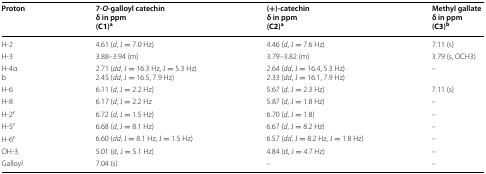
<table><thead><tr><td><b>Proton</b></td><td><b>7-<i>O</i>-galloyl catechinδ in ppm(C1)<sup>a</sup></b></td><td><b>(+)-catechinδ in ppm(C2)<sup>a</sup></b></td><td><b>Methyl gallateδ in ppm(C3)<sup>b</sup></b></td></tr></thead><tbody><tr><td>H-2</td><td>4.61 (<i>d</i>, J = 7.0 Hz)</td><td>4.46 (<i>d</i>, J = 7.6 Hz)</td><td>7.11 (s)</td></tr><tr><td>H-3</td><td>3.88–3.94 (m)</td><td>3.79–3.82 (m)</td><td>3.79 (s, OCH3)</td></tr><tr><td>H-4αb</td><td>2.71 (<i>dd</i>, J = 16.3 Hz, J = 5.3 Hz)2.45 (<i>dd</i>, J = 16.5, 7.9 Hz)</td><td>2.64 (<i>dd</i>, J = 16.4, 5.3 Hz)2.33 (<i>dd</i>, J = 16.1, 7.9 Hz)</td><td>–</td></tr><tr><td>H-6</td><td>6.11 (<i>d</i>, J = 2.2 Hz)</td><td>5.67 (<i>d</i>, J = 2.3 Hz)</td><td>7.11 (s)</td></tr><tr><td>H-8</td><td>6.17 (<i>d</i>, J = 2.2 Hz</td><td>5.87 (<i>d</i>, J = 1.8 Hz)</td><td>–</td></tr><tr><td>H-2′</td><td>6.72 (<i>d</i>, J = 1.5 Hz)</td><td>6.70 (<i>d</i>, J = 1.8)</td><td>–</td></tr><tr><td>H-5′</td><td>6.68 (<i>d</i>, J = 8.1 Hz)</td><td>6.67 (<i>d</i>, J = 8.2 Hz)</td><td>–</td></tr><tr><td>H-6′</td><td>6.60 (<i>dd</i>, J = 8.1 Hz, J = 1.5 Hz)</td><td>6.57 (<i>dd</i>, J = 8.2 Hz, J = 1.8 Hz)</td><td>–</td></tr><tr><td>OH-3</td><td>5.01 (d, J = 5.1 Hz)</td><td>4.84 (d, J = 4.7 Hz)</td><td>–</td></tr><tr><td>Galloyl</td><td>7.04 (s)</td><td>–</td><td>–</td></tr></tbody></table>